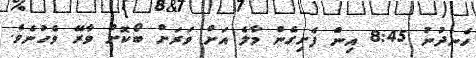
ހެނދުނު 8:45 އިން ފެށިގެން މާލެ އަށް ވަރަށް ބޯކޮށް ވާރޭ ވެހުނެވެ.